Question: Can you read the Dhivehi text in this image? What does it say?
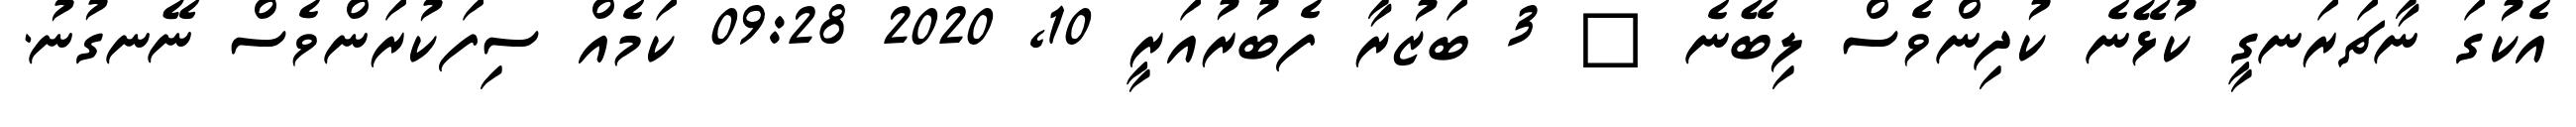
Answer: އެކުގަ ނާޗަރަނގީ ކުޅޭނެ ކުދިންވެސް ލިބޭނެ ? 3 ބަޒުރާ ފެބުރުއަރީ 10, 2020 09:28 ކަމެއް ސިފަކުރަންވެސް ނޭނގުނު.